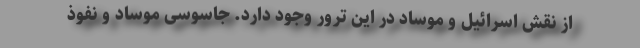
از نقش اسرائیل و موساد در این ترور وجود دارد. جاسوسی موساد و نفوذ